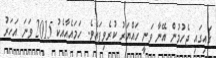
ގައިގައި ޖެހުމުން އޭނާ ވަނީ ހައްޔަރު ކުރެވިފައެވެ. ހަމައެއާއެކު 2015 ވަނަ އަހަރު